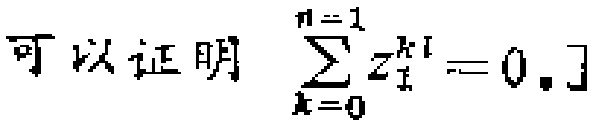
可以证明 $\sum_{k = 0}^{n - 1} z_{1}^{k i}=0.$